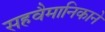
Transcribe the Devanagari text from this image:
सहवैमानिकाने